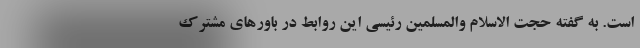
است. به گفته حجت الاسلام والمسلمین رئیسی این روابط در باور‌های مشترک